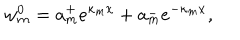
w _ { m } ^ { 0 } = a _ { m } ^ { + } e ^ { \kappa _ { m } x } + a _ { m } ^ { - } e ^ { - \kappa _ { m } x } ,